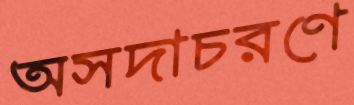
অসদাচরণে